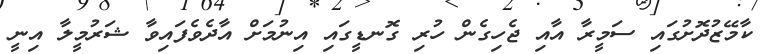
ކާމޭޒުދޮށުގައި ސަމީރާ އާއި ޖެހިގެން ހުރި ގޮނޑީގައި އިނުމަށް އާދެވެފައިވާ ޝަރުމީލާ އިނީ